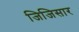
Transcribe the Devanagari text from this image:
जिजिसार